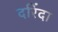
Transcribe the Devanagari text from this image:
दरिंदा